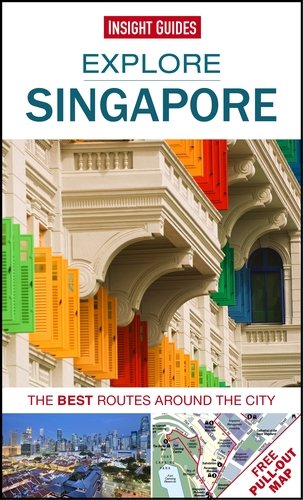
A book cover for Insight Guides: Explore Singapore (Insight Explore Guides); Insight Guides; Travel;